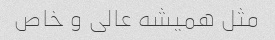
مثل همیشه عالی و خاص